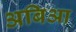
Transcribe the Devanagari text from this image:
अबिआ